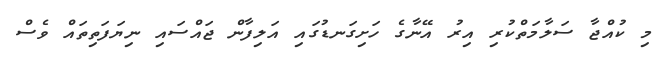
މި ކުއްޖާ ސަލާމަތްކުރި އިރު އޭނާގެ ހަށިގަނޑުގައި އަލިފާން ޖައްސައި ނިޔަފަތިތައް ވެސް